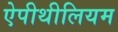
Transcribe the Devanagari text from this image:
ऐपीथीलियम